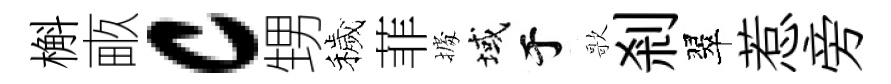
槲畞c甥穢菲𢴃域于歌剎翠惹旁